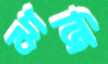
ঝাজি